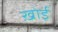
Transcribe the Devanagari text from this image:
ख़ोई